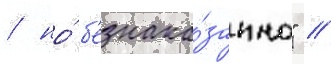
/ но́ б'езнака́занно" //